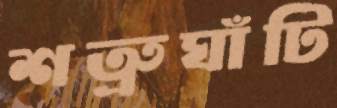
শত্রুঘাঁটি